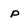
Character: p